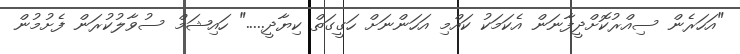
"އަހަރެން ސިއްރުކޮށްދީފާނަން އެކަމަކު ކައްމި އަހަންނަށް ހަގީގަތް ކިޔާދީ....." ހައިޝަމް ސުވާލުކުރަން ފެށުމުން